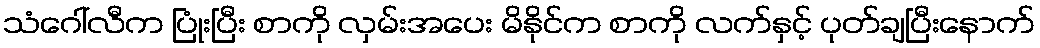
သံဂေါ်လီက ပြုံးပြီး စာကို လှမ်းအပေး မိနိုင်က စာကို လက်နှင့် ပုတ်ချပြီးနောက်